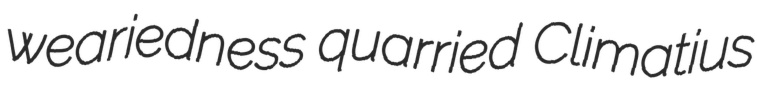
weariedness quarried Climatius